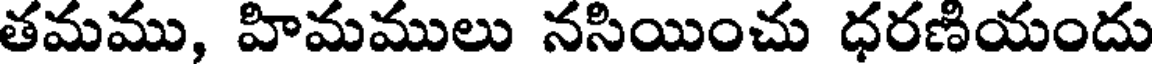
తమము, హిమములు నసియించు ధరణియందు